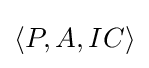
\langle P,A,IC\rangle